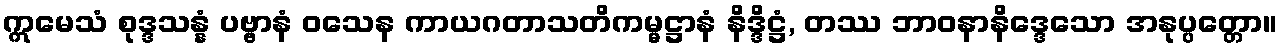
ဣမေသံ စုဒ္ဒသန္နံ ပဗ္ဗာနံ ဝသေန ကာယဂတာသတိကမ္မဋ္ဌာနံ နိဒ္ဒိဋ္ဌံ, တဿ ဘာဝနာနိဒ္ဒေသော အနုပ္ပတ္တော။